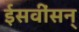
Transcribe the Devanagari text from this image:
ईसवींसन्